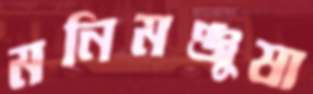
মনিমঞ্জুষা